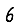
Digit: 6